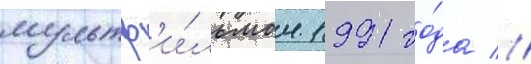
мультф'и́льмом 1991 го́да //